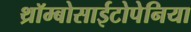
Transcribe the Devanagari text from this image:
थ्रॉम्बोसाईटोपेनिया